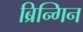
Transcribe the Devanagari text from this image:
ब्रिन्गिन